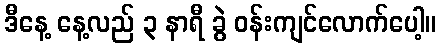
ဒီနေ့ နေ့လည် ၃ နာရီ ခွဲ ဝန်းကျင်လောက်ပေါ့။